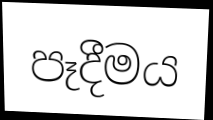
පෑදීමය